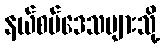
နယ်စပ်ဒေသများသို့